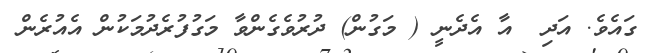
ގައެވެ. އަދި  އާ އެދެނީ ( މަގުން) ދުރުވެގެންވާ މަގުފުރެދުމަކުން އެއުރެން